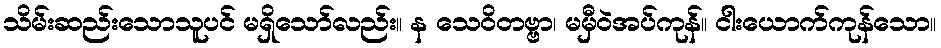
သိမ်းဆည်းသောသူပင် မရှိသော်လည်း။ န သေဝိတဗ္ဗာ၊ မမှီဝဲအပ်ကုန်။ ငါးယောက်ကုန်သော။